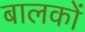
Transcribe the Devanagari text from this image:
बालकोंं